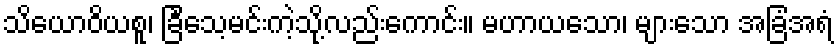
သိယောဝိယစူ၊ ခြင်္သေ့မင်းကဲ့သို့လည်းကောင်း။ မဟာယသော၊ များသော အခြံအရံ